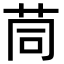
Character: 茼